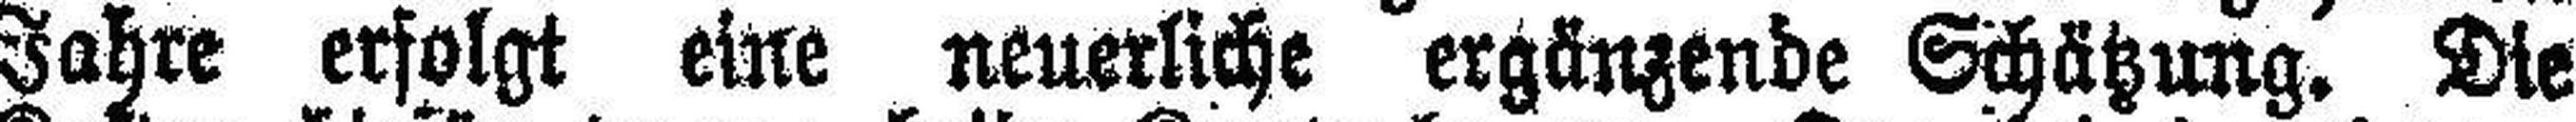
Jahre erfolgt eine neuerliche ergänzende Schätzung. Die